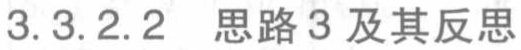
3.3.2.2 思路3及其反思